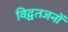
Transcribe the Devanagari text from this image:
विद्वतजनों